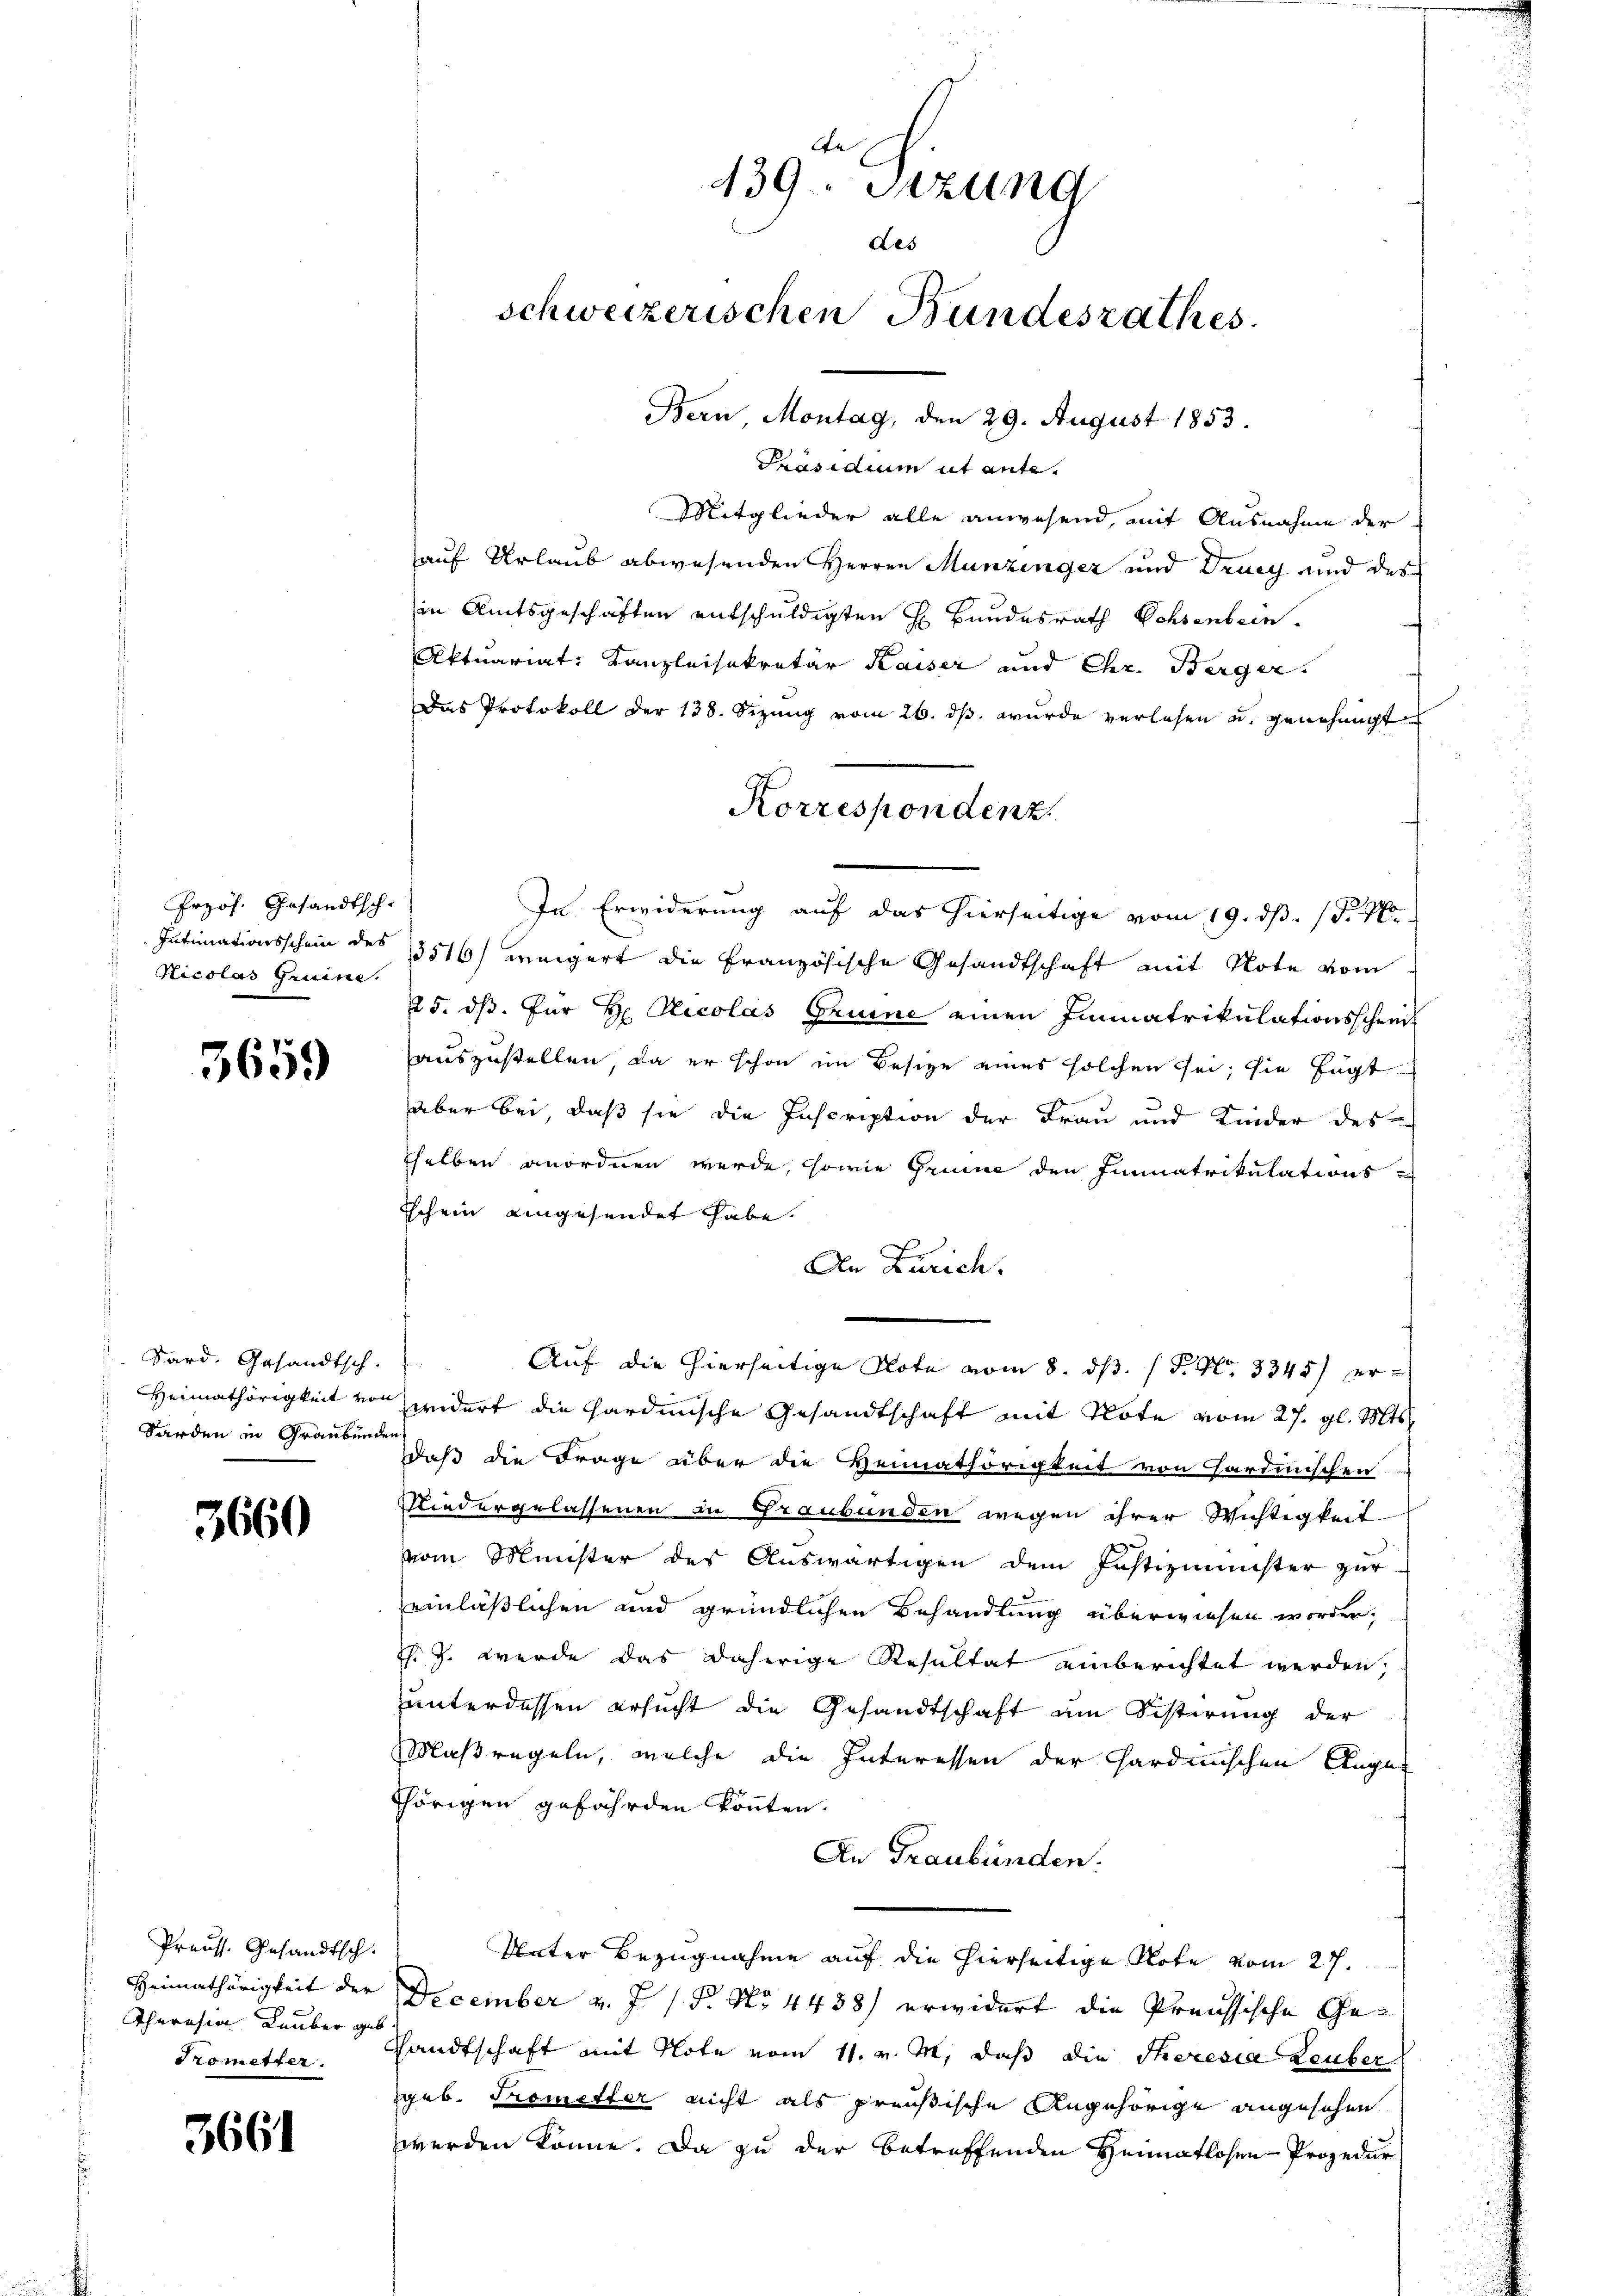
Przös. Gesandtsch.
Nicolas Gruine

5659

Sard. Gesandtsch.
Sarden in Graubünden

3660

Preuss. Gesandtsch.
Theresia Lauber geb.
Prometter.

3661

A
139. Sizung
des
schweizerischen Bundesrathes.
Bern, Montag, den 29. August 1853.

Präsidium ut ante.
Mitglieder alle anwesend, mit Ausnahme der
auf Urlaub abwesenden Herren Munzinger und Drucy und des
in Amtsgeschäften entschuldigten H. Bundesrath Ochsenbein.
Aktuariat Kanzleisekretär Kaiser und Chr. Berger.
Das Protokoll der 138. Sizung vom 26. ds. wurde verlesen u. genehmigt
In Erwiderung auf das hierseitige vom 19. ds. S. 4
Intimationsschein des 13516) weigert die Französische Gesandtschaft mit Note vom
25. dß. für H. Ricolas Gruine einen Immatrikulationsschreiauszustellen, da er schon im Besitze eines solchen sei; sie fügt
aber bei, daß sie die Inscription der Frau und Kinder des
selben anordnen werde, sowie Grunde den Immatrikulations¬
Tschein aingesendet habe.
An Zürich.
Auf die hierseitige Note vom 8. ds. / P. Nr. 3345) er¬
Heimathörigkeit von widert die hardinische Gesandtschaft mit Note vom 27. gl. Mts.
daß die Frage über die Heimathörigkeit von Gardinischen
Niedergelassenen in Graubünden wegen ihrer Wichtigkeit
vom Minister des Auswärtigen dem Justizminister zur
einläßlichen und gründlichen Behandlung überwiesen worden;
J. J. werde das daherige Resultat einberichtet werden,
unterdessen ersucht die Gesandtschaft am Distirung der
Maßregeln, welche die Interessen der Hardischen Augen
thörigen gefährden könnten.
An Graubünden.
Vater Bezugnahme auf die hierseitige Note vom 27.
Heimathörigkeit der December v. J. / 5. No 4458) erwidert die Preussische Ge¬
Handtschaft mit Note vom 11. v. M. daß die Theresia Leuber
geb. Prometter nicht als preußische Angehörige angesehen
werden könne. Da zu der betreffenden Heimatlosen-Prozedur

Korrespondenz